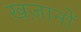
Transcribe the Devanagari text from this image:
खज़ानों